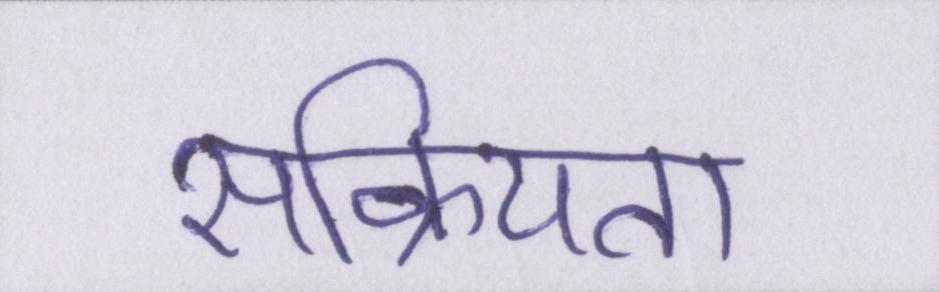
सक्रियता